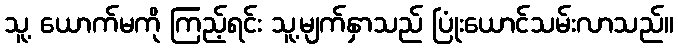
သူ့ ယောက်မကို ကြည့်ရင်း သူ့မျက်နှာသည် ပြုံးယောင်သမ်းလာသည်။